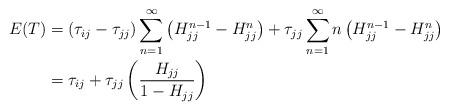
LaTeX: \begin{align*} E(T) &= (\tau_{ij} - \tau_{jj} )\sum_{n=1}^{\infty} \left( H_{jj}^{n-1} - H_{jj}^{n} \right) + \tau_{jj} \sum_{n=1}^{\infty} n\left(H_{jj}^{n-1} - H_{jj}^n\right) \\&= \tau_{ij} + \tau_{jj} \left(\frac{H_{jj}}{1-H_{jj}} \right)\end{align*}